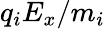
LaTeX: q_{i}E_{x}/m_{i}